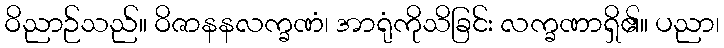
ဝိညာဉ်သည်။ ဝိဇာနနလက္ခဏံ၊ အာရုံကိုသိခြင်း လက္ခဏာရှိ၏။ ပညာ၊